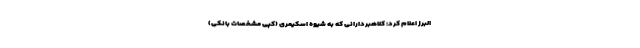
البرز اعلام کرد: کلاهبردارانی که به شیوه اسکیمری (کپی مشخصات بانکی)